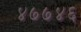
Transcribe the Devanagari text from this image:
४७७४६